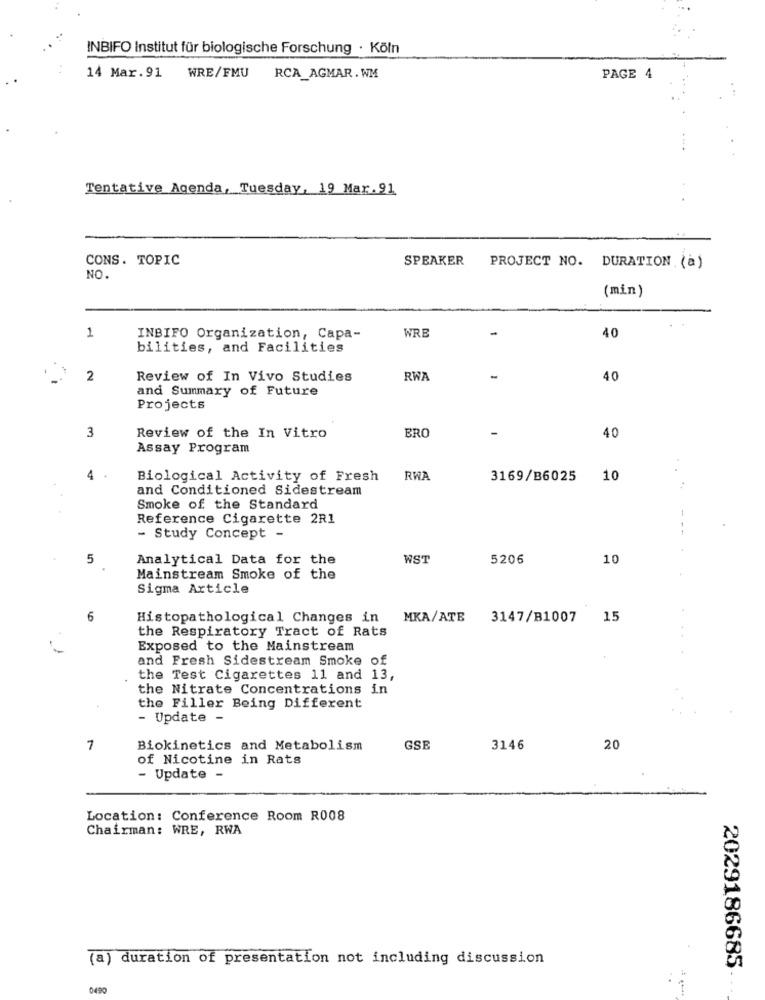
INBIFO Institut für biologische Forschung · Köln
14 Mar.91 WRE/FMU
RCA_AGMAR. WM
PAGE 4
Tentative Agenda, Tuesday, 19 Mar. 91
CONS. TOPIC
SPEAKER
PROJECT NO. DURATION (a)
NO.
(min)
1
WRE
-
40
INBIFO Organization, Capa-
bilities, and Facilities
2
Review of In Vivo Studies
RWA
40
and Summary of Future
Projects
3
Review of the In Vitro
BRC
40
Assay Program
4
Biological Activity of Fresh
RWA
3169/B6025
10
and Conditioned Sidestream
Smoke of the Standard
Reference Cigarette 2R1
--
- Study Concept -
5
Analytical Data for the
WST
5206
10
Mainstream Smoke of the
Sigma Article
6
Histopathological Changes in
MKA/ATE
3147/B1007
15
the Respiratory Tract of Rats
Exposed to the Mainstream
and Fresh Sidestream Smoke of
the Test Cigarettes 11 and 13,
the Nitrate Concentrations in
the Filler Being Different
- Update -
7
Biokinetics and Metabolism
GSE
3146
20
of Nicotine in Rats
- Update -
Location: Conference Room R008
Chairman: WRE, RWA
(a) duration of presentation not including discussion
2029186685
:
0490
1